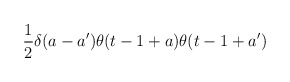
\begin{align*}\frac{1}{2}\delta (a-a')\theta (t-1+a)\theta (t-1+a')\end{align*}